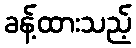
ခန့်ထားသည့်